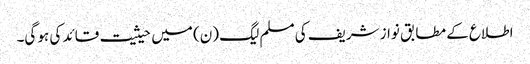
اطلاع کے مطابق نواز شریف کی مسلم لیگ (ن) میں حیثیت قائد کی ہو گی۔